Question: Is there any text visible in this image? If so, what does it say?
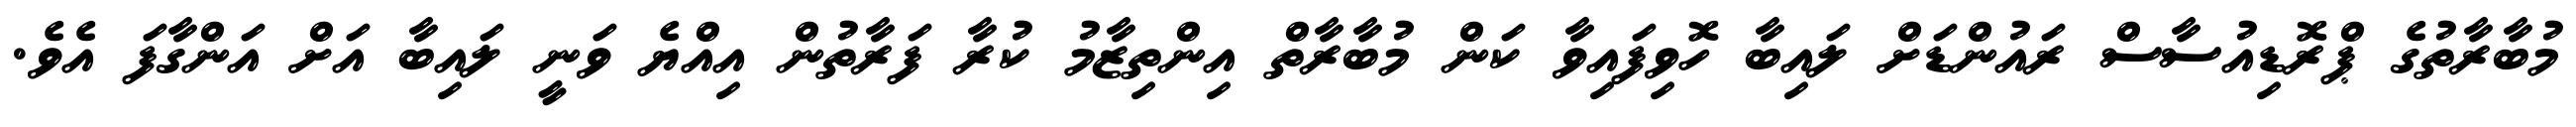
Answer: މުބާރާތުގެ ޕްރޮޑިއުސާސް ރައުންޑަށް ލައިބާ ހޮވިފައިވާ ކަން މުބާރާތް އިންތިޒާމު ކުރާ ފަރާތުން އިއްޔެ ވަނީ ލައިބާ އަށް އަންގާފަ އެވެ.